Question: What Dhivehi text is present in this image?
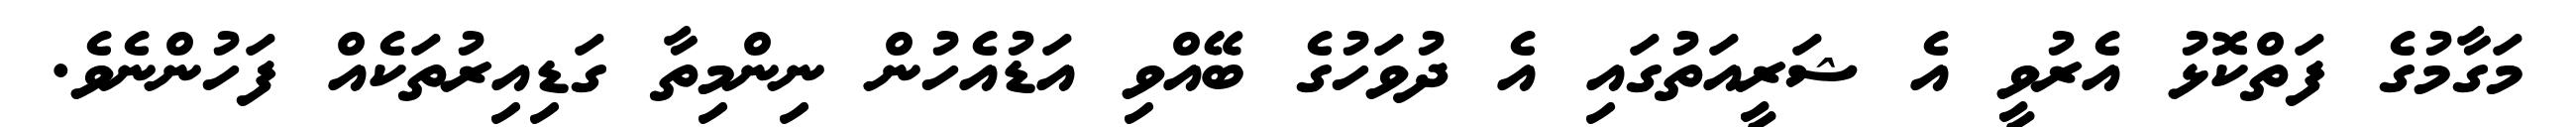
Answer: މަގާމުގެ ފަތްކޮޅު އެރުވީ އެ ޝަރީއަތުގައި އެ ދުވަހުގެ ބޭއްވި އަޑުއެހުން ނިންމިތާ ގަޑިއިރުތަކެއް ފަހުންނެވެ.